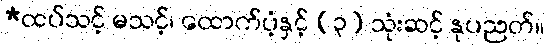
*ထပ်သင့် မသင့်၊ ထောက်ပံ့နှင့် (၃) သုံးဆင့် နုပညတ်။